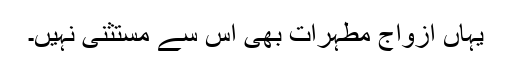
یہاں ازواج مطہرات بھی اس سے مستثنیٰ نہیں۔